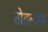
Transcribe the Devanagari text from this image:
तोडल्यास